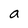
Character: a